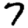
Digit: 7